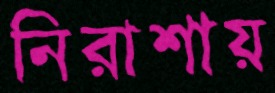
নিরাশায়